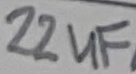
Text: 22uF